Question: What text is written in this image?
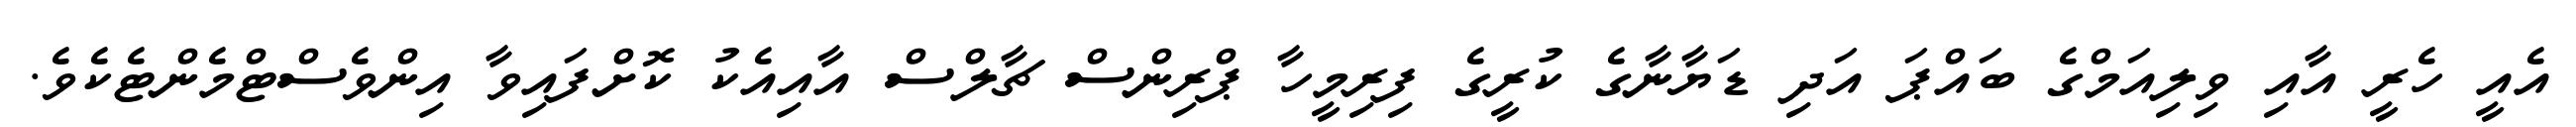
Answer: އެއީ ހެރީ އާއި ވިލިއަމްގެ ބައްޕަ އަދި ޑަޔާނާގެ ކުރީގެ ފިރިމީހާ ޕްރިންސް ޗާލްސް އާއިއެކު ކޮށްފައިވާ އިންވެސްޓްމެންޓެކެވެ.